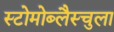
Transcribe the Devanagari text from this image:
स्टोमोब्लैस्चुला